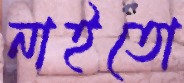
নাইতো